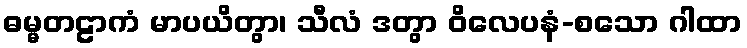
ဓမ္မတဠာကံ မာပယိတွာ၊ သီလံ ဒတွာ ဝိလေပနံ-စသော ဂါထာ